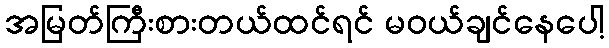
အမြတ်ကြီးစားတယ်ထင်ရင် မဝယ်ချင်နေပေါ့